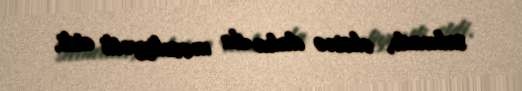
salmadı, əksinə daha da məsuliyyətli etdi.